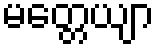
မတ္တေယျာ